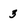
Character: 3